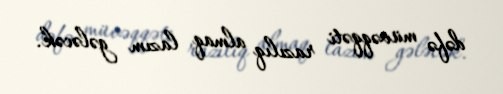
dəfə müvəqqəti razılıq almaq lazım gələcək.